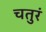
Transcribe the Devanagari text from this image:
चतुरं